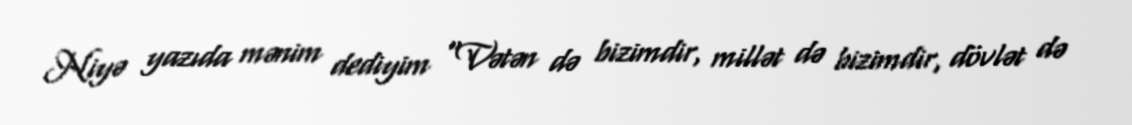
Niyə yazıda mənim dediyim "Vətən də bizimdir, millət də bizimdir, dövlət də